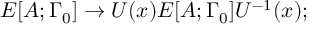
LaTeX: E [ A ; \Gamma _ { 0 } ] \rightarrow U ( x ) E [ A ; \Gamma _ { 0 } ] U ^ { - 1 } ( x ) ;